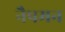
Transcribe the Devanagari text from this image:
नैपमन